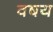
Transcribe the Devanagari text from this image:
वषय